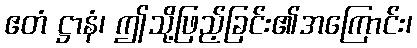
ဧတံ ဋ္ဌာနံ၊ ဤသို့ဖြည့်ခြင်း၏အကြောင်း၊